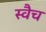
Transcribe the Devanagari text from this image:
स्वैच